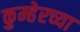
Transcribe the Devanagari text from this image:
कुम्हेरच्या